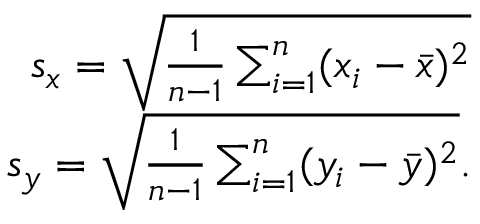
\begin{array} { r } { s _ { x } = \sqrt { \frac { 1 } { n - 1 } \sum _ { i = 1 } ^ { n } ( x _ { i } - \bar { x } ) ^ { 2 } } } \\ { s _ { y } = \sqrt { \frac { 1 } { n - 1 } \sum _ { i = 1 } ^ { n } ( y _ { i } - \bar { y } ) ^ { 2 } } . } \end{array}